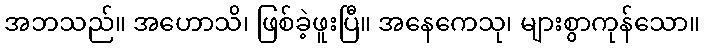
အဘသည်။ အဟောသိ၊ ဖြစ်ခဲ့ဖူးပြီ။ အနေကေသု၊ များစွာကုန်သော။